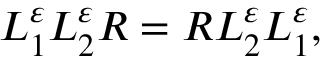
L _ { 1 } ^ { \varepsilon } L _ { 2 } ^ { \varepsilon } R = R L _ { 2 } ^ { \varepsilon } L _ { 1 } ^ { \varepsilon } ,